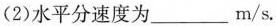
(2)水平分速度为___m/s.